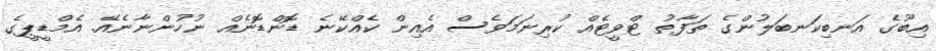
އިބޫގެ އަނބިކަނބަލުންގެ ތަފާތު ޓްވީޓެއް ކުރިނަމަވެސް އެއިން ކެއްކޭނެ ޑޮންޑޮނެއް ނުހުންނާނެއޭ. އެމްޑީޕީގެ